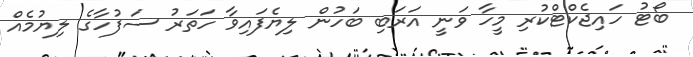
ބޯޓު ހައިޖެކްޓްކުރި މީހާ ވަނީ އަރަބި ބަހުން ލިޔެފައިވާ ހަތަރު ސަފުހާގެ ލިޔުމެއް